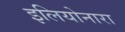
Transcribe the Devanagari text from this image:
इलियोनारा